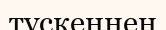
түскеннен